Annual administration report of the Civil Veterinary Department of India - 1897-1898
Year: 1897
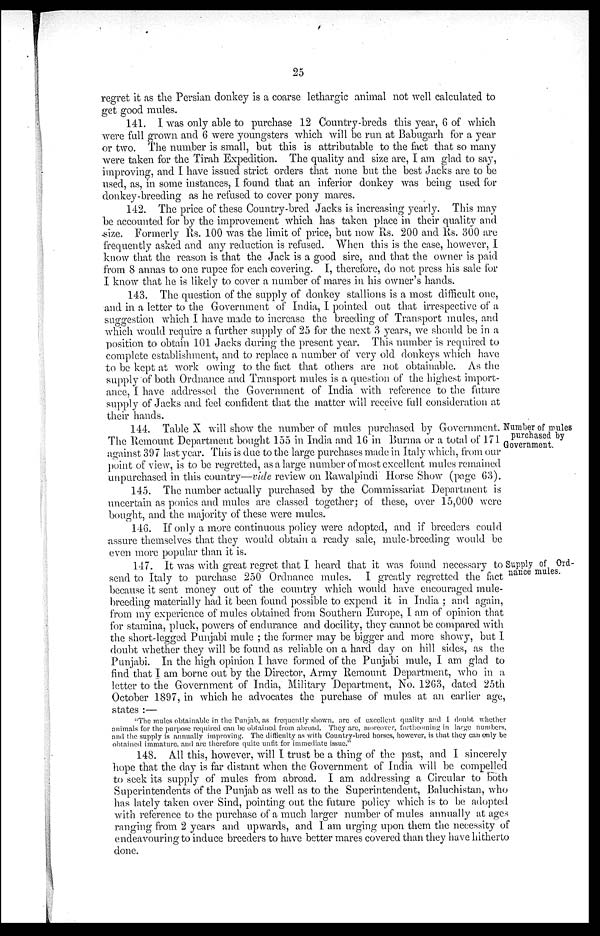
25
regret it as the Persian donkey is a coarse lethargic animal not well calculated to
get good mules.
141. I was only able to purchase 12 Country-breds this year, 6 of which
were full grown and 6 were youngsters which will be run at Babugarh for a year
or two. The number is small, but this is attributable to the fact that so many
were taken for the Tirah Expedition. The quality and size are, I am glad to say,
improving, and I have issued strict orders that none but the best Jacks are to be
used, as, in some instances, I found that an inferior donkey was being used for
donkey-breeding as he refused to cover pony mares.
142. The price of these Country-bred Jacks is increasing yearly. This may
be accounted for by the improvement which has taken place in their quality and
size. Formerly Rs. 100 was the limit of price, but now Rs. 200 and Rs. 300 are
frequently asked and any reduction is refused. When this is the case, however, I
know that the reason is that the Jack is a good sire, and that the owner is paid
from 8 annas to one rupee for each covering. I, therefore, do not press his sale for
I know that he is likely to cover a number of mares in his owner's hands.
143. The question of the supply of donkey stallions is a most difficult one,
and in a letter to the Government of India, I pointed out that irrespective of a
suggestion which I have made to increase the breeding of Transport mules, and
which would require a further supply of 25 for the next 3 years, we should be in a
position to obtain 101 Jacks during the present year. This number is required to
complete establishment, and to replace a number of very old donkeys which have
to be kept at work owing to the fact that others are not obtainable. As the
supply of both Ordnance and Transport mules is a question of the highest import-
ance, I have addressed the Government of India with reference to the future
supply of Jacks and feel confident that the matter will receive full consideration at
their hands.
Number of mules
purchased by
Government.
144. Table X will show the number of mules purchased by Government.
The Remount Department bought 155 in India and 16 in Burma or a total of 171
against 397 last year. This is due to the large purchases made in Italy which, from our
point of view, is to be regretted, as a large number of most excellent mules remained
unpurchased in this country—vide review on Rawalpindi Horse Show (page 63).
145. The number actually purchased by the Commissariat Department is
uncertain as ponies and mules are classed together; of these, over 15,000 were
bought, and the majority of these were mules.
146. If only a more continuous policy were adopted, and if breeders could
assure themselves that they would obtain a ready sale, mule-breeding would be
even more popular than it is.
Supply of Ord-
nance mules.
147. It was with great regret that I heard that it was found necessary to
send to Italy to purchase 250 Ordnance mules. I greatly regretted the fact
because it sent money out of the country which would have encouraged mule-
breeding materially had it been found possible to expend it in India ; and again,
from my experience of mules obtained from Southern Europe, I am of opinion that
for stamina, pluck, powers of endurance and docility, they cannot be compared with
the short-legged Punjabi mule ; the former may be bigger and more showy, but I
doubt whether they will be found as reliable on a hard day on hill sides, as the
Punjabi. In the high opinion I have formed of the Punjabi mule, I am glad to
find that I am borne out by the Director, Army Remount Department, who in a
letter to the Government of India, Military Department, No. 1263, dated 25th
October 1897, in which he advocates the purchase of mules at an earlier age,
states :—
"The mules obtainable in the Punjab, as frequently shown, are of excellent quality and I doubt whether
animals for the purpose required can be obtained from abroad. They are, moreover, forthcoming in large numbers,
and the supply is annually improving. The difficulty as with Country-bred horses, however, is that they can only be
obtained immature, and are therefore quite unfit for immediate issue."
148. All this, however, will I trust be a thing of the past, and I sincerely
hope that the day is far distant when the Government of India will be compelled
to seek its supply of mules from abroad. I am addressing a Circular to both
Superintendents of the Punjab as well as to the Superintendent, Baluchistan, who
has lately taken over Sind, pointing out the future policy which is to be adopted
with reference to the purchase of a much larger number of mules annually at ages
ranging from 2 years and upwards, and I am urging upon them the necessity of
endeavouring to induce breeders to have better mares covered than they have hitherto
done.